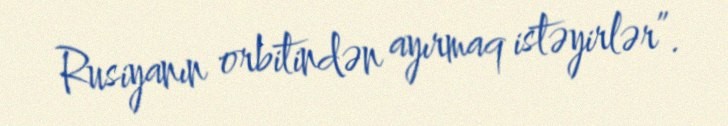
Rusiyanın orbitindən ayırmaq istəyirlər”.